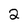
Character: 2